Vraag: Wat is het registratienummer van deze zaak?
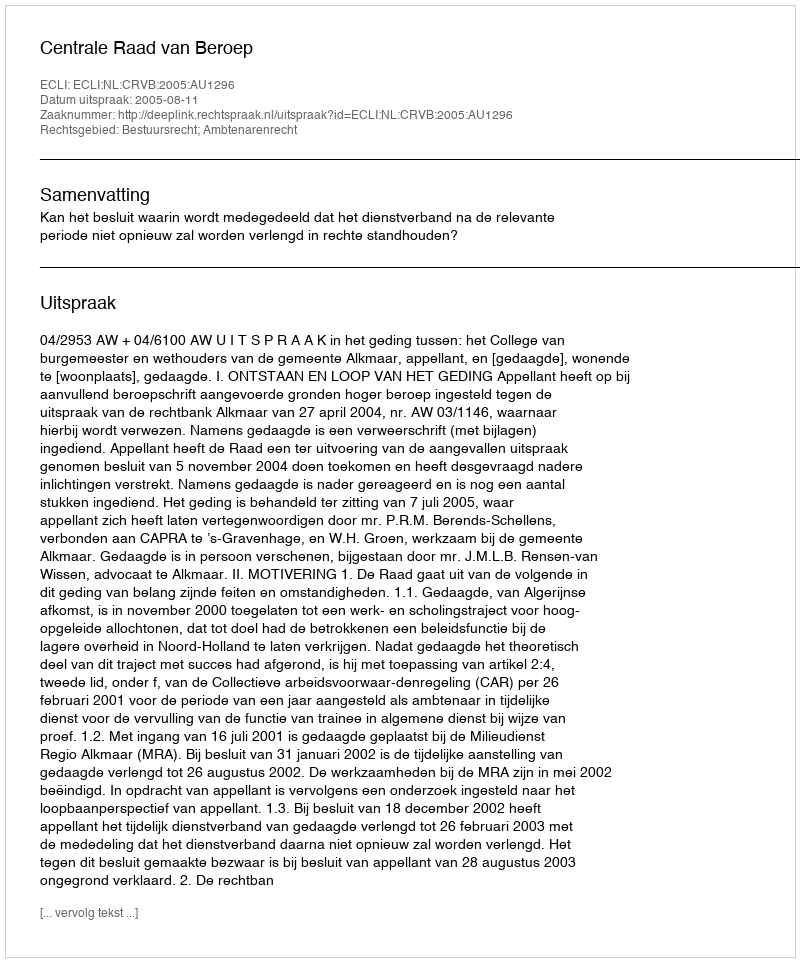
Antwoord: http://deeplink.rechtspraak.nl/uitspraak?id=ECLI:NL:CRVB:2005:AU1296